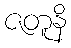
ဇတူနိ